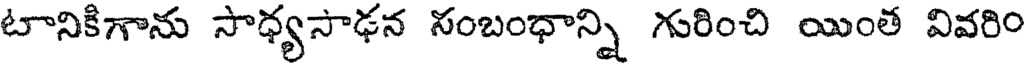
టానికిగాను సాధ్యసాఢన సంబంధాన్ని గురించి యింత వివరిం